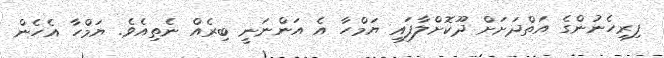
ފިރިހެނުންގެ އަތްދަށަށް ދޫކޮށްލާފައި ޔަމްހާ އެ އަންނަނީ ބިރެއް ނެތިއެވެ. ޔަމްހާ އެހެން